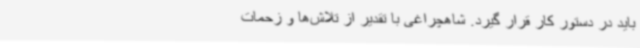
باید در دستور کار قرار گیرد. شاهچراغی با تقدیر از تلاش‌ها و زحمات